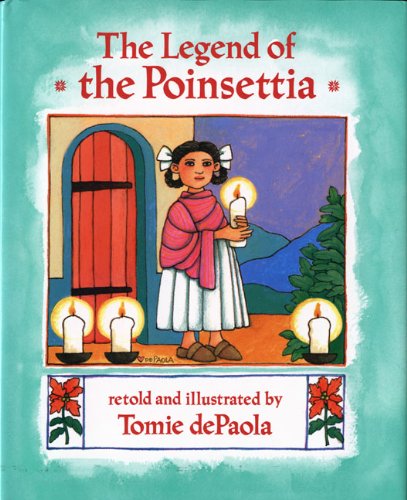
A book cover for The Legend of the Poinsettia (Mexican Folktale); Tomie dePaola; Children's Books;